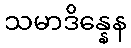
သမာဒိန္နေန